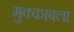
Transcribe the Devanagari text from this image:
मुक्काबला